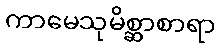
ကာမေသုမိစ္ဆာစာရာ